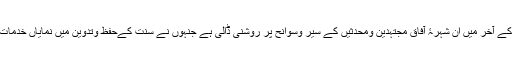
اور کتاب کے آخر میں ان شہرۂ آفاق مجتہدین ومحدثیں کے سیر وسوانح پر روشنی ڈالی ہے جنہوں نے سنت کےحفظ وتدوین میں نمایاں خدمات انجام دیں۔